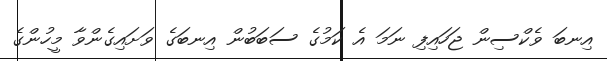
އިނބަ ވެކްސިން ޖަހައިފި ނަމަ އެ ކަމުގެ ސަބަބުން އިނބަގެ ވަށައިގެންވާ މީހުންގެ